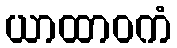
ယာထာဝကံ